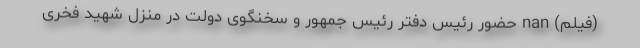
(فیلم) nan حضور رئیس دفتر رئیس جمهور و سخنگوی دولت در منزل شهید فخری